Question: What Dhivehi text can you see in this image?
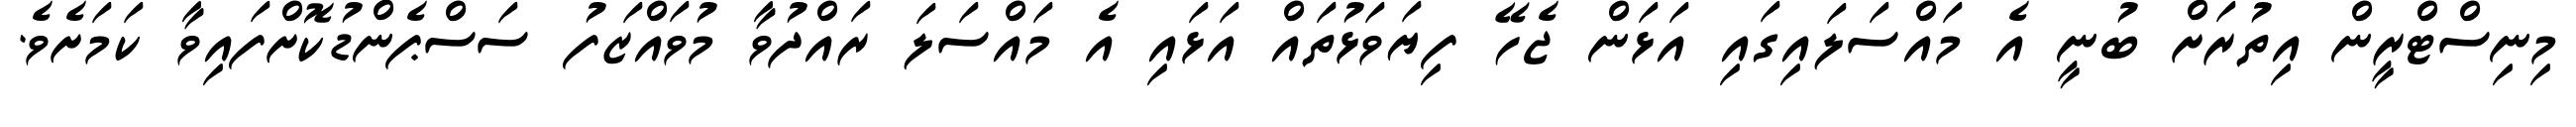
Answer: މިނިސްޓްރީން އިތުރަށް ބުނީ އެ މައްސަލައިގައި އަޅަން ޖެހޭ ފިޔަވަޅުތައް އަޅައި އެ މައްސަލަ ރައްދުވާ މުވައްޒަފު ސަސްޕެންޑުކޮށްފައިވާ ކަމަށެވެ.